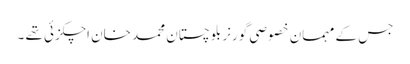
جس کے مہمان خصوصی گورنر بلوچستان محمد خان اچکزئی تھے ۔